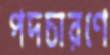
পদচারণে